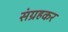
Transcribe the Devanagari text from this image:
संग्रहकर